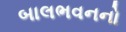
બાલભવનનો